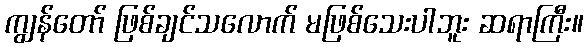
ကျွန်တော် ဖြစ်ချင်သလောက် မဖြစ်သေးပါဘူး ဆရာကြီး။